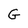
Character: G